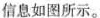
信息如图所示。